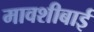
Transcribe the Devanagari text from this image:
मावशीबाई